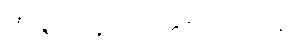
အဇ္ဇနပုပ္ဖိယတ္ထေရအပဒါန။